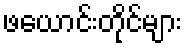
ဖယောင်းတိုင်များ